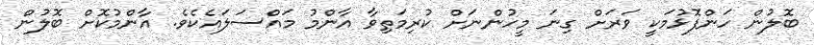
ބޮލުން ހަންފޮޅުމަކީ ވަރަށް ގިނަ މީހުންނަށް ކުރިމަތިވާ އާންމު މައްސަލައެކެވެ. އާންމުކޮށް ބޮލުން